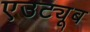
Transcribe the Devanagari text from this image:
एउट्यूब